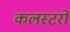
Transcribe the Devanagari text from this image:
कलस्टरों